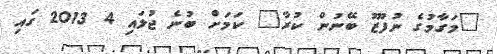
"މަގާމުގެ ނުފޫޒު ބޭނުން ކުރާ" ކަމަށް ބުނެ ޖުލައި 4 2013 ގައި